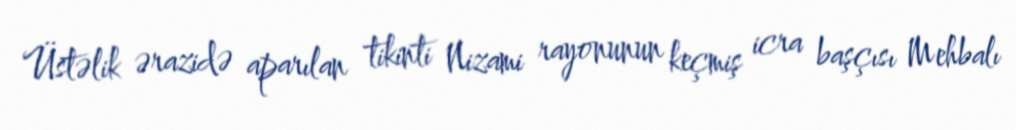
Üstəlik ərazidə aparılan tikinti Nizami rayonunun keçmiş icra başçısı Mehbalı